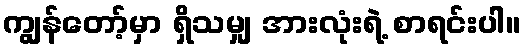
ကျွန်တော့်မှာ ရှိသမျှ အားလုံးရဲ့ စာရင်းပါ။